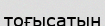
тоғысатын